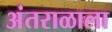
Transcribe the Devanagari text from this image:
अंतराळाला